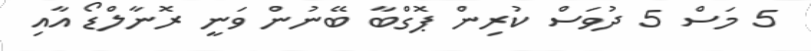
5 މަސް 5 ދުވަސް ކުރިން ޕޮގްބާ ބޭނުން ވަނީ ރޮނާލްޑޯ އާއި